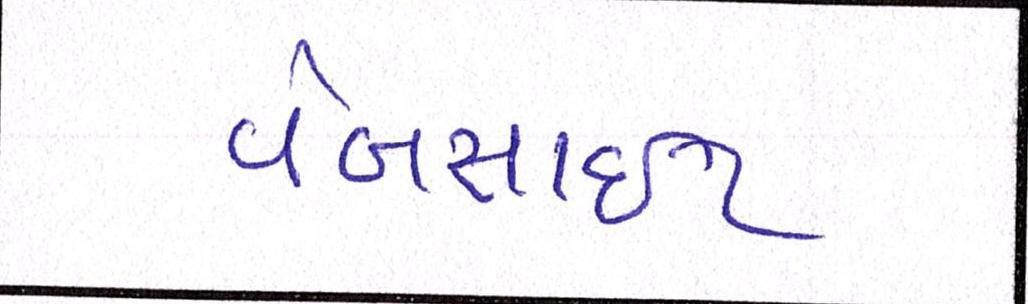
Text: વેબસાઈટ